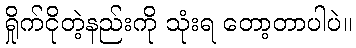
ရှိုက်ငိုတဲ့နည်းကို သုံးရ တော့တာပါပဲ။